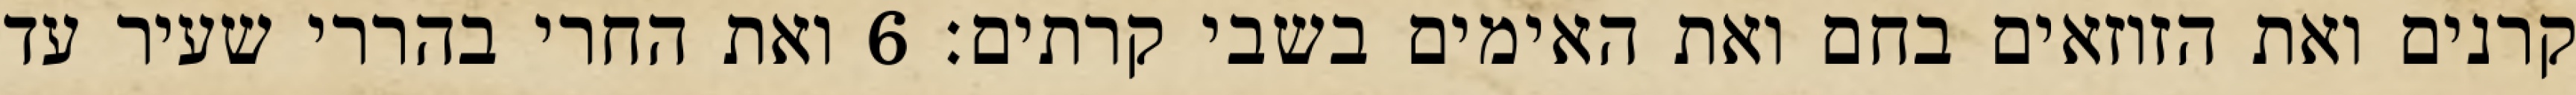
קרנים ואת הזוזאים בחם ואת האימים בשבי קרתים׃ ‎6‏ ואת החרי בהררי שעיר עד